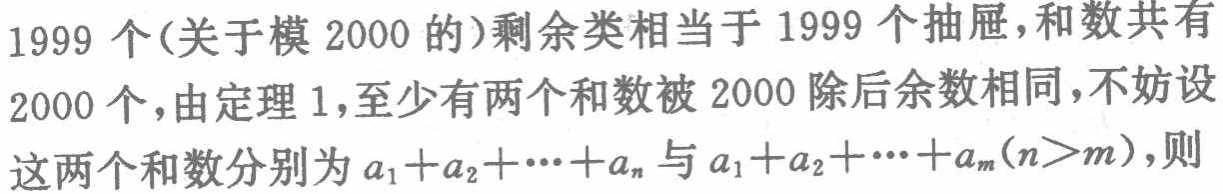
1999 个(关于模 2000 的)剩余类相当于 1999 个抽屉,和数共有

2000 个,由定理 1,至少有两个和数被 2000 除后余数相同,不妨设

这两个和数分别为\(a_{1}+a_{2}+\cdots +a_{n}\)与\(a_{1}+a_{2}+\cdots +a_{m}(n > m)\),则